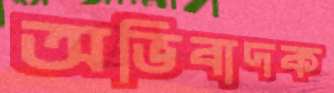
অভিবাদক